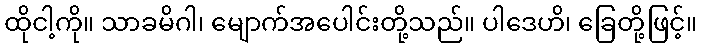
ထိုငါ့ကို။ သာခမိဂါ၊ မျောက်အပေါင်းတို့သည်။ ပါဒေဟိ၊ ခြေတို့ဖြင့်။